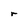
Character: r